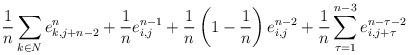
LaTeX: \begin{align*}\frac{1}{n}\sum_{k\in N}e_{k,j+n-2}^n+\frac{1}{n}e^{n-1}_{i,j}+\frac{1}{n}\left(1-\frac{1}{n}\right)e_{i,j}^{n-2}+\frac{1}{n}\sum_{\tau=1}^{n-3}e_{i,j+\tau}^{n-\tau-2}\end{align*}